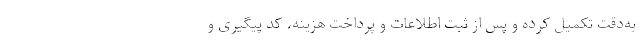
به‌دقت تکمیل کرده و پس از ثبت اطلاعات و پرداخت هزینه، کد پیگیری و